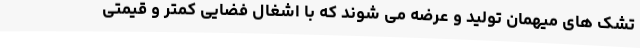
تشک های میهمان تولید و عرضه می شوند که با اشغال فضایی کمتر و قیمتی